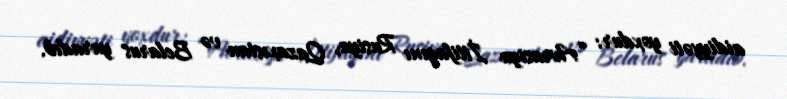
aidiyyəti yoxdur: “Avrasiya İttifaqını Rusiya, Qazaxıstan və Belarus yaradıb.